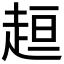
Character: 𧻚